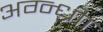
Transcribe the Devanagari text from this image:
अग्न्ध्रीा